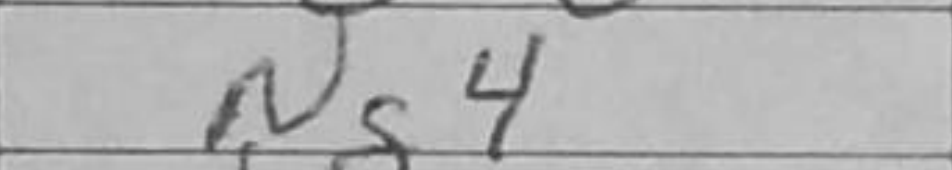
Transcription: Ng4